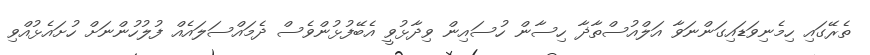
ތެރޭގައި ހިމެނިވަޑައިގަންނަވާ އަލްއުސްތާޛާ ހިސާން ހުސައިން ވިދާޅުވީ އެބޭފުޅުންވެސް ދެމައްސަލައެއް ފުލުހުންނަށް ހުށައެޅުއްވި